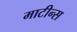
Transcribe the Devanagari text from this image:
माटीन्स